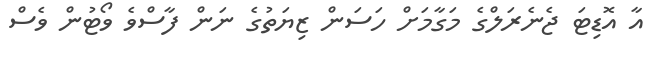
އާ އޮޑިޓަ ޖެނެރަލްގެ މަގާމަށް ހަސަން ޒިޔަތުގެ ނަން ފާސްވެ ވޯޓުން ވެސް